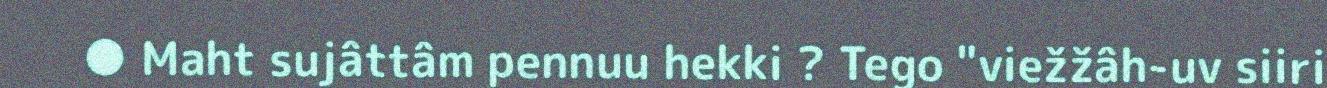
● Maht sujâttâm pennuu hekki ? Tego "viežžâh-uv siiri